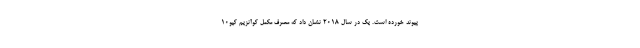
پیوند خورده است. یک در سال 2018 نشان داد که مصرف مکمل کوآنزیم کیو10